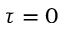
\tau = 0